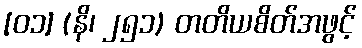
[၀၁] (နိ၊ ၂၅၁) တတိယစိတ်အဖွင့်